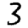
Digit: 3